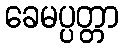
ခေမပ္ပတ္တာ